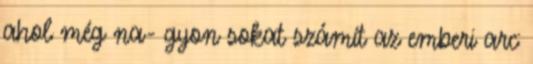
ahol még na- gyon sokat számít az emberi arc: